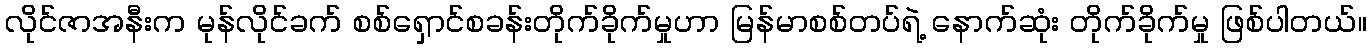
လိုင်ဇာအနီးက မုန်လိုင်ခက် စစ်ရှောင်စခန်းတိုက်ခိုက်မှုဟာ မြန်မာစစ်တပ်ရဲ့ နောက်ဆုံး တိုက်ခိုက်မှု ဖြစ်ပါတယ်။